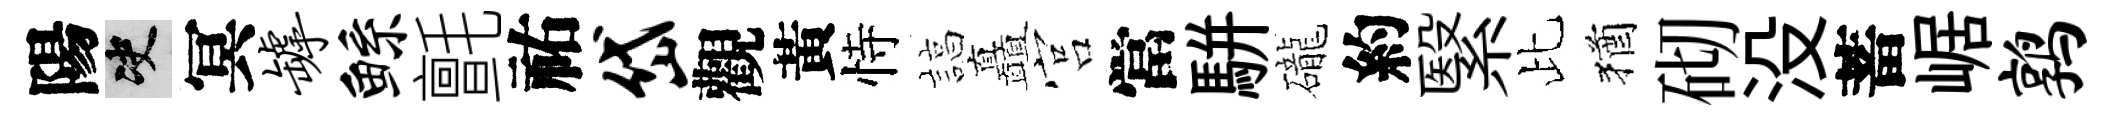
陽决冥罅鲧氈祐岱觀黃恃諄矗宫當駢礲約繄比猶砌没蓄崌鹑